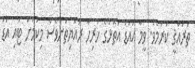
ތަރައްޤީ ކުރުމެވެ. ވީމާ އައްޑު އަތޮޅުގެ ހުރިހާ ރައްޔިތުންވެސް މިކަމަށް ޓައި އަޑު